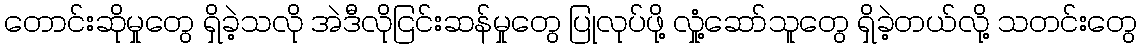
တောင်းဆိုမှုတွေ ရှိခဲ့သလို အဲဒီလိုငြင်းဆန်မှုတွေ ပြုလုပ်ဖို့ လှုံ့ဆော်သူတွေ ရှိခဲ့တယ်လို့ သတင်းတွေ